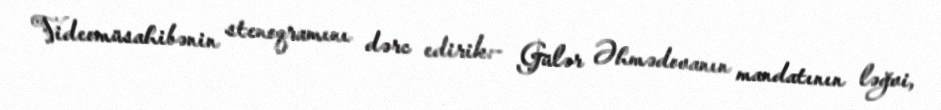
Videomüsahibənin stenoqramını dərc edirik:- Gülər Əhmədovanın mandatının ləğvi,